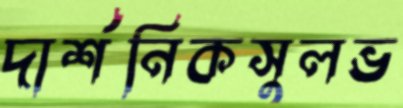
দার্শনিকসুলভ